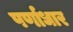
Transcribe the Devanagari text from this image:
पर्णाधार